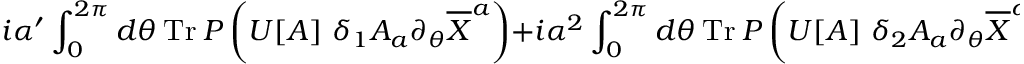
i \alpha ^ { \prime } \int _ { 0 } ^ { 2 \pi } d \theta ~ \mathrm { T r } ~ { \cal P } \left( U [ A ] ~ \delta _ { 1 } A _ { a } \partial _ { \theta } \overline { { { X } } } ^ { a } \right) + i \alpha ^ { 2 } \int _ { 0 } ^ { 2 \pi } d \theta ~ \mathrm { T r } ~ { \cal P } \left( U [ A ] ~ \delta _ { 2 } A _ { a } \partial _ { \theta } \overline { { { X } } } ^ { a } \right)